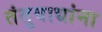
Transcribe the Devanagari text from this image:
तंतुवाद्यांना